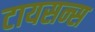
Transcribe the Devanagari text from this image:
टायसन्स